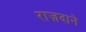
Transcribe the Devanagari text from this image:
राज़दाने